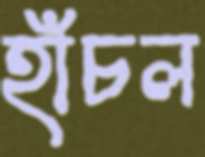
হাঁচল